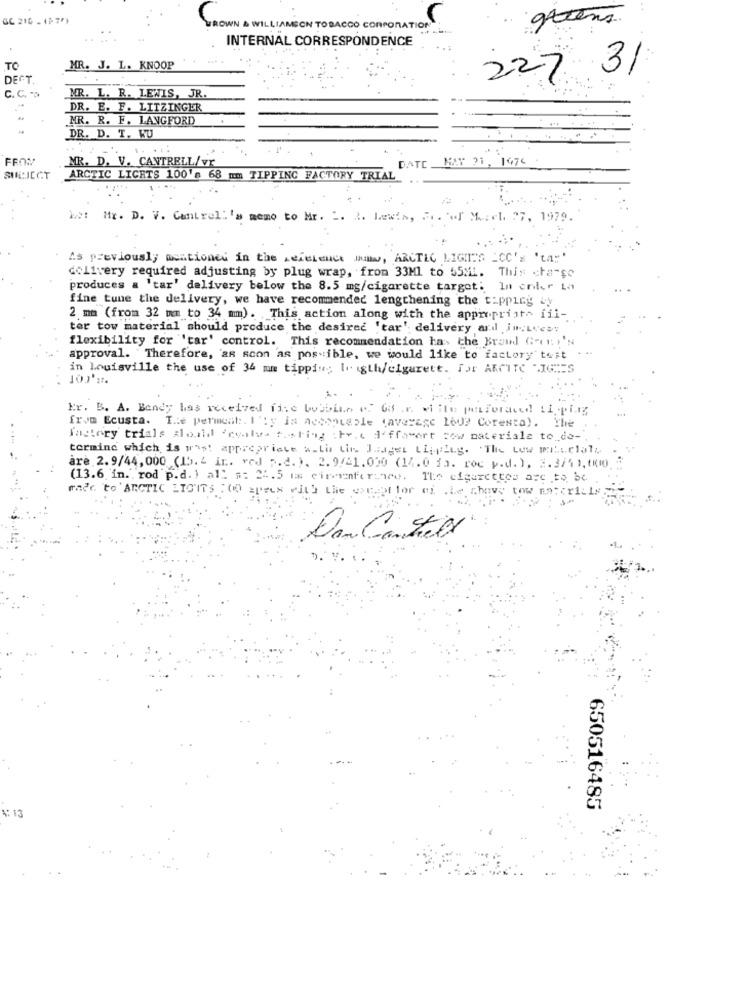
GC 216 - 1875)
WILLIAMSON TOBACCO CORPORATION
INTERNAL CORRESPONDENCE
MR. J. L. KNOOP
TO
DECT.
227 31
C. C. ">
MR. L. R. LEWIS, JR.
DR. E. F. LITZINGER
MR. R. F. LANGFORD
DR. D. T. RU
FROM
MR. D. V. CANTRELL/vr
MAY 21, 1976
DATE
SULJECT
ARCTIC LICHTS 100's 68 mm TIPPING FACTORY TRIAL
: Mr. D. V. Controll'a memo to Mr. 2. 2. Lewis, Fo. w Mach 27, 1979.
. As previously mentioned in the reference Ham, ARCTIC LIGHT'S CC'S 'ta."
delivery required adjusting by plug wrap, from 33Ml to 55ML. This cha-se
produces a 'tar' delivery below the 8.5 mg/cigarette target: In enler La
fine tune the delivery, we have recommended lengthening the tipping Ly
2 mm (from 32 mmm to 34 mm). This action along with the appropriate fil-
tor tow material should produce the desired 'tar' delivery and in:Lveby
flexibility for 'tar' control. This recommendation has the Brand Group':
approval. Therefore, as soon as possible, we would like to factory twit
in Louisville the use of 34 mm tippin; Ir igth/cigarett. for ARCTIC "IGTES
10)' :.
Er. B. A. Bendy has received fixe bubbiano7 63 ,n. witte perforated Lipping
frva Ecusta. The permesh. I'ly is Acceptable (average Lod? Coresta). The
factory trials aloild 'cualva fisting : Fr. c d'ffavart sow materiale to de-
termine which is most appropriate a-Lis the Junger Ligging. "The Low michale
are 2.9/44, 000 (15. 4 in. ved p.d. ). 2.9/41.000 (14.0 fa. roc p.d. ), 2.3/4 1,0010
(13.6 in. rod p.d. ) all $: 22.5 m cinforince. The cigarettes are to be
made to ARCTIC DIGITS : 00 areas with the except for at de chowy tow materials
Dan Contill
650516485
A: 13